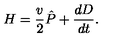
H = { \frac { v } { 2 } } \hat { P } + { \frac { d D } { d t } } .